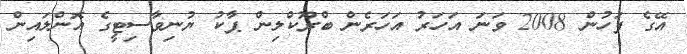
އޭގެ ފަހުން 2008 ވަނަ އަހަރު އަހަރެން ބްރޫކްލިން ޕާކު ޔުނިވާސިޓީގެ އޮންލައިން